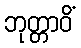
ဘုတ္တာဝိံ